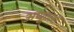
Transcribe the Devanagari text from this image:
अणुतत्वों